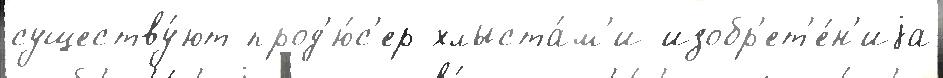
существу́ют прод'ю́с'ер хлыста́м'и изобр'ет'е́н'иjа